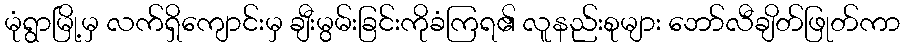
မုံရွာမြို့မှ လက်ရှိကျောင်းမှ ချီးမွမ်းခြင်းကိုခံကြရ၏ လူနည်းစုများ ဘော်လီချိတ်ဖြုတ်ကာ